Madras plague regulations and rules - Volume 1
Disease focus: Plague
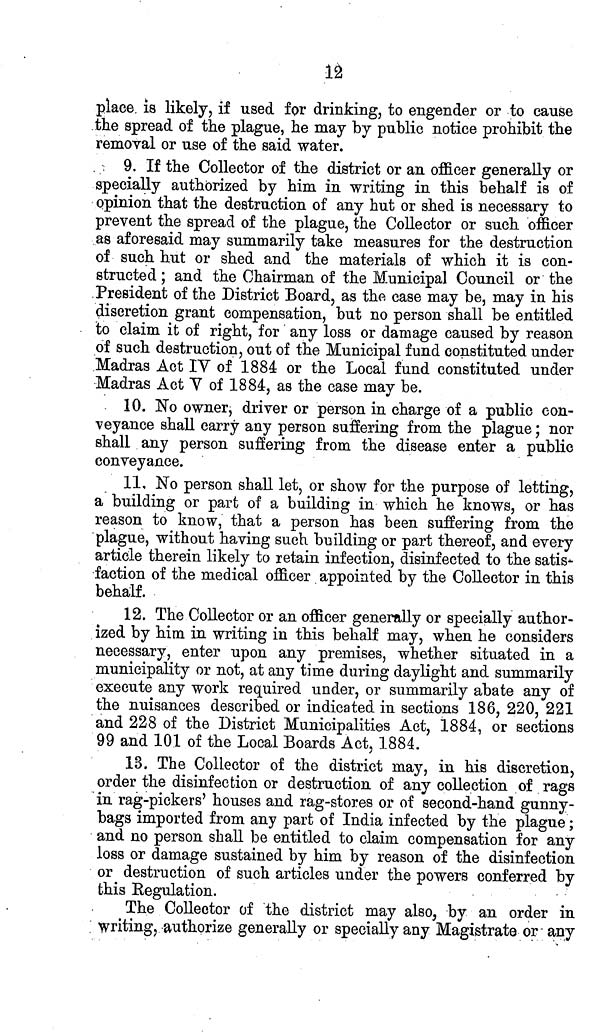
la
place is likely, if used for drinking, to engender or to cause
the spread of the plague, he may by public notice prohibit the
removal or use of the said water.
9. If the Collector of the district or an officer generally or
specially authorized by him in writing in this behalf is of
opinion that the destruction of any hut or shed is necessary to
prevent the spread of the plague, the Collector or such officer
as aforesaid may summarily take measures for the destruction
of such hut or shed and the materials of which it is con-
structed ; and the Chairman of the Municipal Council or the
President of the District Board, as the case may be, may in his
discretion grant compensation, but no person shall be entitled
to claim it of right, for any loss or damage caused by reason
of such destruction, out of the Municipal fund constituted under
Madras Act IV of 1884 or the Local fund constituted under
Madras Act V of 1884, as the case may be.
10. No owner, driver or person in charge of a public con-
veyance shall carry any person suffering from the plague; nor
shall any person suffering from the disease enter a public
conveyance.
11. No person shall let, or show for the purpose of letting,
a building or part of a building in which he knows, or has
reason to know, that a person has been suffering from the
plague, without having such building or part thereof, and every
article therein likely to retain infection, disinfected to the satis-
faction of the medical officer appointed by the Collector in this
behalf.
12. The Collector or an officer generally or specially author-
ized by him in writing in this behalf may, when he considers
necessary, enter upon any premises, whether situated in a
municipality or not, at any time during daylight and summarily
execute any work required under, or summarily abate any of
the nuisances described or indicated in sections 186, 220, 221
and 228 of the District Municipalities Act, 1884, or sections
99 and 101 of the Local Boards Act, 1884.
13. The Collector of the district may, in his discretion,
order the disinfection or destruction of any collection of rags
in rag-pickers' houses and rag-stores or of second-hand gunny-
bags imported from any part of India infected by the plague;
and no person shall be entitled to claim compensation for any
loss or damage sustained by him by reason of the disinfection
or destruction of such articles under the powers conferred by
this Regulation.
The Collector of the district may also, by an order in
writing, authorize generally or specially any Magistrate or any